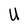
Character: U